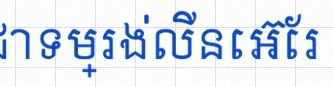
សរសេរជាទម្រង់លីនេអ៊ែរ